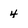
Character: 4